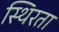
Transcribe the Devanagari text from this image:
स्थिरता